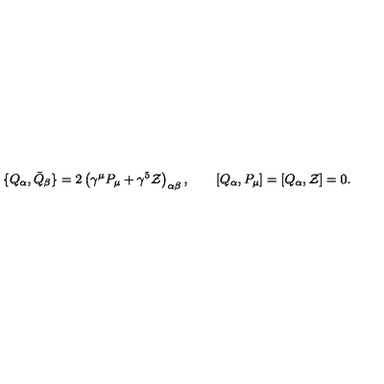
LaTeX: \{ Q _ { \alpha } , { \bar { Q } } _ { \beta } \} = 2 \left( \gamma ^ { \mu } P _ { \mu } + \gamma ^ { 5 } { \cal Z } \right) _ { \alpha \beta } , \qquad \left[ Q _ { \alpha } , P _ { \mu } \right] = \left[ Q _ { \alpha } , { \cal Z } \right] = 0 .